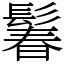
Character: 鬊